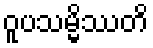
ဝူပသမ္မိဿတိ